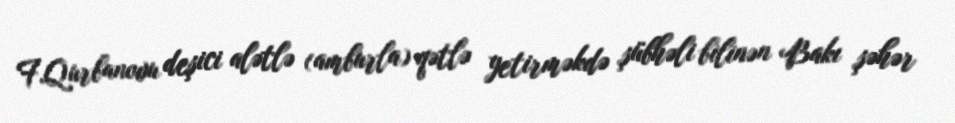
F.Qurbanovu deşici alətlə (amburla) qətlə yetirməkdə şübhəli bilinən Bakı şəhər